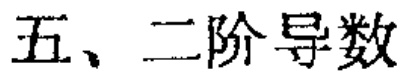
五、二阶导数